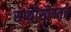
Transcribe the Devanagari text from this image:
साथीसोबतच